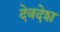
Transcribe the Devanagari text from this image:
देवदेश